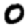
Digit: 0